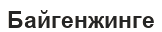
Байгенжинге